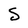
Character: S